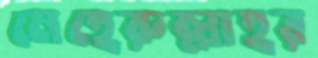
মেহেরুল্লাহর